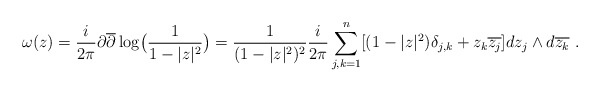
\begin{align*}\omega(z)=\frac{i}{2\pi}\partial \overline{\partial}\log\bigl(\frac 1{1-|z|^2}\bigr)=\frac{1}{(1-|z|^2)^2}\frac{i}{2\pi}\sum^{n}_{j,k=1}[(1-|z|^2)\delta_{j,k}+z_k\overline{z_j}]dz_j\wedge d\overline{z_k}\ .\end{align*}